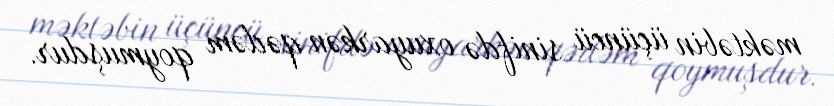
məktəbin üçüncü sinifdə oxuyarkən qədəm qoymuşdur.